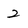
Character: 2